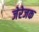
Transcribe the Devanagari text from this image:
जेरेजक